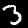
Digit: 3